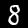
Label: 8